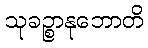
သုခဉ္စာနုဘောတိ